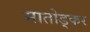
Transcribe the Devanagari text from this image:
मातोड्कर